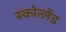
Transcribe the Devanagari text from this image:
स्कोत्लेंड